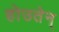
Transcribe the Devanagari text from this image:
होउतेन्